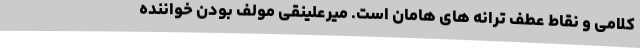
کلامی و نقاط عطف ترانه های هامان است. میرعلینقی مولف بودن خواننده